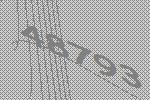
48793